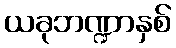
ယခုဘဏ္ဍာနှစ်